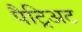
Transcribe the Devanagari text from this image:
पैट्रिअट